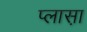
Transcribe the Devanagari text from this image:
प्लास़ा